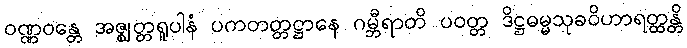
ဝဏ္ဏဝန္တေ အဇ္ဈတ္တရူပါနံ ပကတတ္တဋ္ဌာနေ ဂမ္ဘီရာတိ ပဝတ္တ ဒိဋ္ဌဓမ္မသုခဝိဟာရတ္ထန္တိ